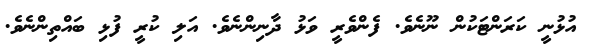
އުޅުނީ ކަރަންޓަކުން ނޫނެވެ. ފެންވެރީ ވަޅު ދާނިންނެވެ. އަލި ކުރީ ފުޅި ބައްތިންނެވެ.